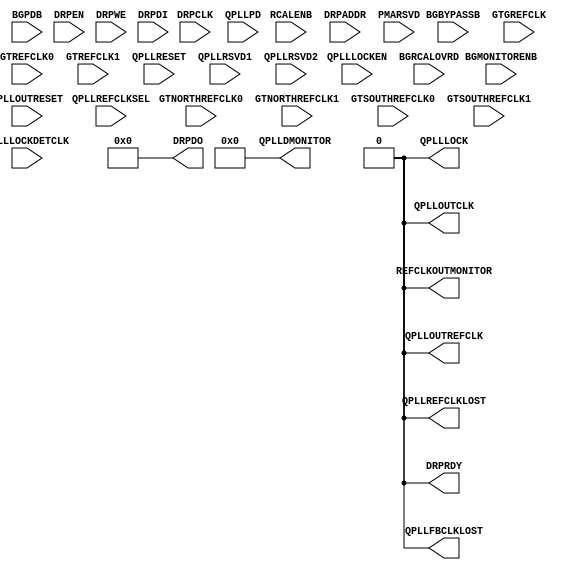
// Stupid stub for satisfying iverilog
//
module GTXE2_COMMON #(
    parameter [63:0] BIAS_CFG = 64'h0000040000001000,
    parameter [31:0] COMMON_CFG = 32'h00000000,
    parameter [0:0] IS_DRPCLK_INVERTED = 1'b0,
    parameter [0:0] IS_GTGREFCLK_INVERTED = 1'b0,
    parameter [0:0] IS_QPLLLOCKDETCLK_INVERTED = 1'b0,
    parameter [26:0] QPLL_CFG = 27'h0680181,
    parameter [3:0] QPLL_CLKOUT_CFG = 4'b0000,
    parameter [5:0] QPLL_COARSE_FREQ_OVRD = 6'b010000,
    parameter [0:0] QPLL_COARSE_FREQ_OVRD_EN = 1'b0,
    parameter [9:0] QPLL_CP = 10'b0000011111,
    parameter [0:0] QPLL_CP_MONITOR_EN = 1'b0,
    parameter [0:0] QPLL_DMONITOR_SEL = 1'b0,
    parameter [9:0] QPLL_FBDIV = 10'b0000000000,
    parameter [0:0] QPLL_FBDIV_MONITOR_EN = 1'b0,
    parameter [0:0] QPLL_FBDIV_RATIO = 1'b0,
    parameter [23:0] QPLL_INIT_CFG = 24'h000006,
    parameter [15:0] QPLL_LOCK_CFG = 16'h21E8,
    parameter [3:0] QPLL_LPF = 4'b1111,
    parameter integer QPLL_REFCLK_DIV = 2,
    parameter [2:0] SIM_QPLLREFCLK_SEL = 3'b001,
    parameter SIM_RESET_SPEEDUP = "TRUE",
    parameter SIM_VERSION = "4.0"

) (
    output DRPRDY,
    output QPLLFBCLKLOST,
    output QPLLLOCK,
    output QPLLOUTCLK,
    output QPLLOUTREFCLK,
    output QPLLREFCLKLOST,
    output REFCLKOUTMONITOR,
    output [15:0] DRPDO,
    output [7:0] QPLLDMONITOR,

    input BGBYPASSB,
    input BGMONITORENB,
    input BGPDB,
    input DRPCLK,
    input DRPEN,
    input DRPWE,
    input GTGREFCLK,
    input GTNORTHREFCLK0,
    input GTNORTHREFCLK1,
    input GTREFCLK0,
    input GTREFCLK1,
    input GTSOUTHREFCLK0,
    input GTSOUTHREFCLK1,
    input QPLLLOCKDETCLK,
    input QPLLLOCKEN,
    input QPLLOUTRESET,
    input QPLLPD,
    input QPLLRESET,
    input RCALENB,
    input [15:0] DRPDI,
    input [15:0] QPLLRSVD1,
    input [2:0] QPLLREFCLKSEL,
    input [4:0] BGRCALOVRD,
    input [4:0] QPLLRSVD2,
    input [7:0] DRPADDR,
    input [7:0] PMARSVD
);

assign DRPRDY = 1'b0;
assign QPLLFBCLKLOST = 1'b0;
assign QPLLLOCK = 1'b0;
assign QPLLOUTCLK = 1'b0;
assign QPLLOUTREFCLK = 1'b0;
assign QPLLREFCLKLOST = 1'b0;
assign REFCLKOUTMONITOR = 1'b0;
assign DRPDO = 0;
assign QPLLDMONITOR = 0;

endmodule